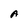
Character: A